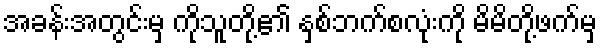
အခန်းအတွင်းမှ ကိုသူတို့၏ နှစ်ဘက်စလုံးကို မိမိတို့ဖက်မှ